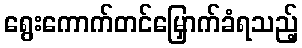
ရွေးကောက်တင်မြှောက်ခံရသည့်